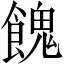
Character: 餽